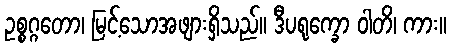
ဥစ္စဂ္ဂတော၊ မြင့်သောအဖျားရှိသည်။ ဒီပရုက္ခော ဝါတိ၊ ကား။